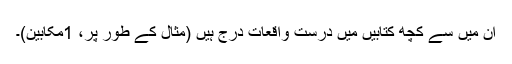
اُن میں سے کچھ کتابیں میں درُست واقعات درج ہیں (مثال کے طور پر، 1مکابین)۔